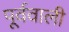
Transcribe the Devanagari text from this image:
पूर्ववाली